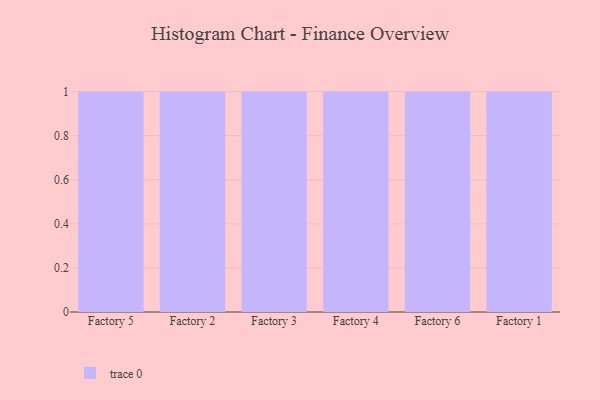
{"axis": {"x": "Factory", "y": "Latency (ms)"}, "legend": [""], "data": [{"x": "Factory 5", "y": 34, "type": ""}, {"x": "Factory 2", "y": 80, "type": ""}, {"x": "Factory 3", "y": 39, "type": ""}, {"x": "Factory 4", "y": 100, "type": ""}, {"x": "Factory 6", "y": 49, "type": ""}, {"x": "Factory 1", "y": 16, "type": ""}]}